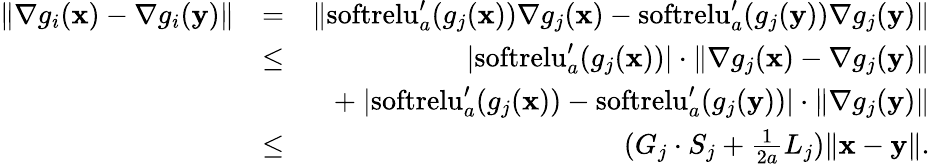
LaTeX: \begin{array}{rlr}{\| {\nabla g_{i}(\mathbf x)-\nabla g_{i}(\mathbf y)}\| }&{=}&{\| \mathrm{softrelu}_{a}^{\prime}(g_{j}(\mathbf x))\nabla g_{j}(\mathbf x)-\mathrm{softrelu}_{a}^{\prime}(g_{j}(\mathbf y))\nabla g_{j}(\mathbf y)\| }\\ &{\le}&{|\mathrm{softrelu}_{a}^{\prime}(g_{j}(\mathbf x))|\cdot\| \nabla g_{j}(\mathbf x)-\nabla g_{j}(\mathbf y)\| }\\ &{}&{+~|\mathrm{softrelu}_{a}^{\prime}(g_{j}(\mathbf x))-\mathrm{softrelu}_{a}^{\prime}(g_{j}(\mathbf y))|\cdot\| \nabla g_{j}(\mathbf y)\| }\\ &{\leq}&{(G_{j}\cdot S_{j}+\frac{1}{2a}L_{j})\| \mathbf x-\mathbf y\| .}\end{array}